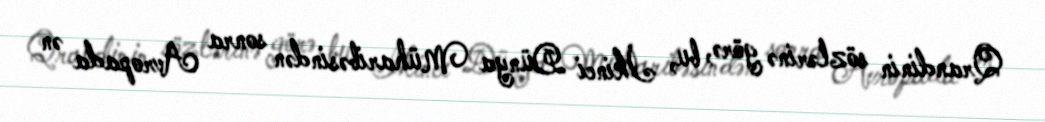
Qrandinin sözlərinə görə, bu, İkinci Dünya Müharibəsindən sonra Avropada ən